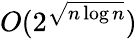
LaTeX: O(2^{\sqrt{n\log n}})